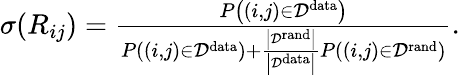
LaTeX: \begin{array}{r}{\sigma(R_{ij})=\frac{P\left((i,j)\in{\cal D}^{\mathrm{data}}\right)}{P\left((i,j)\in{\cal D}^{\mathrm{data}}\right)+\frac{\left|{\cal D}^{\mathrm{rand}}\right|}{\left|{\cal D}^{\mathrm{data}}\right|}P\left((i,j)\in{\cal D}^{\mathrm{rand}}\right)}.}\end{array}